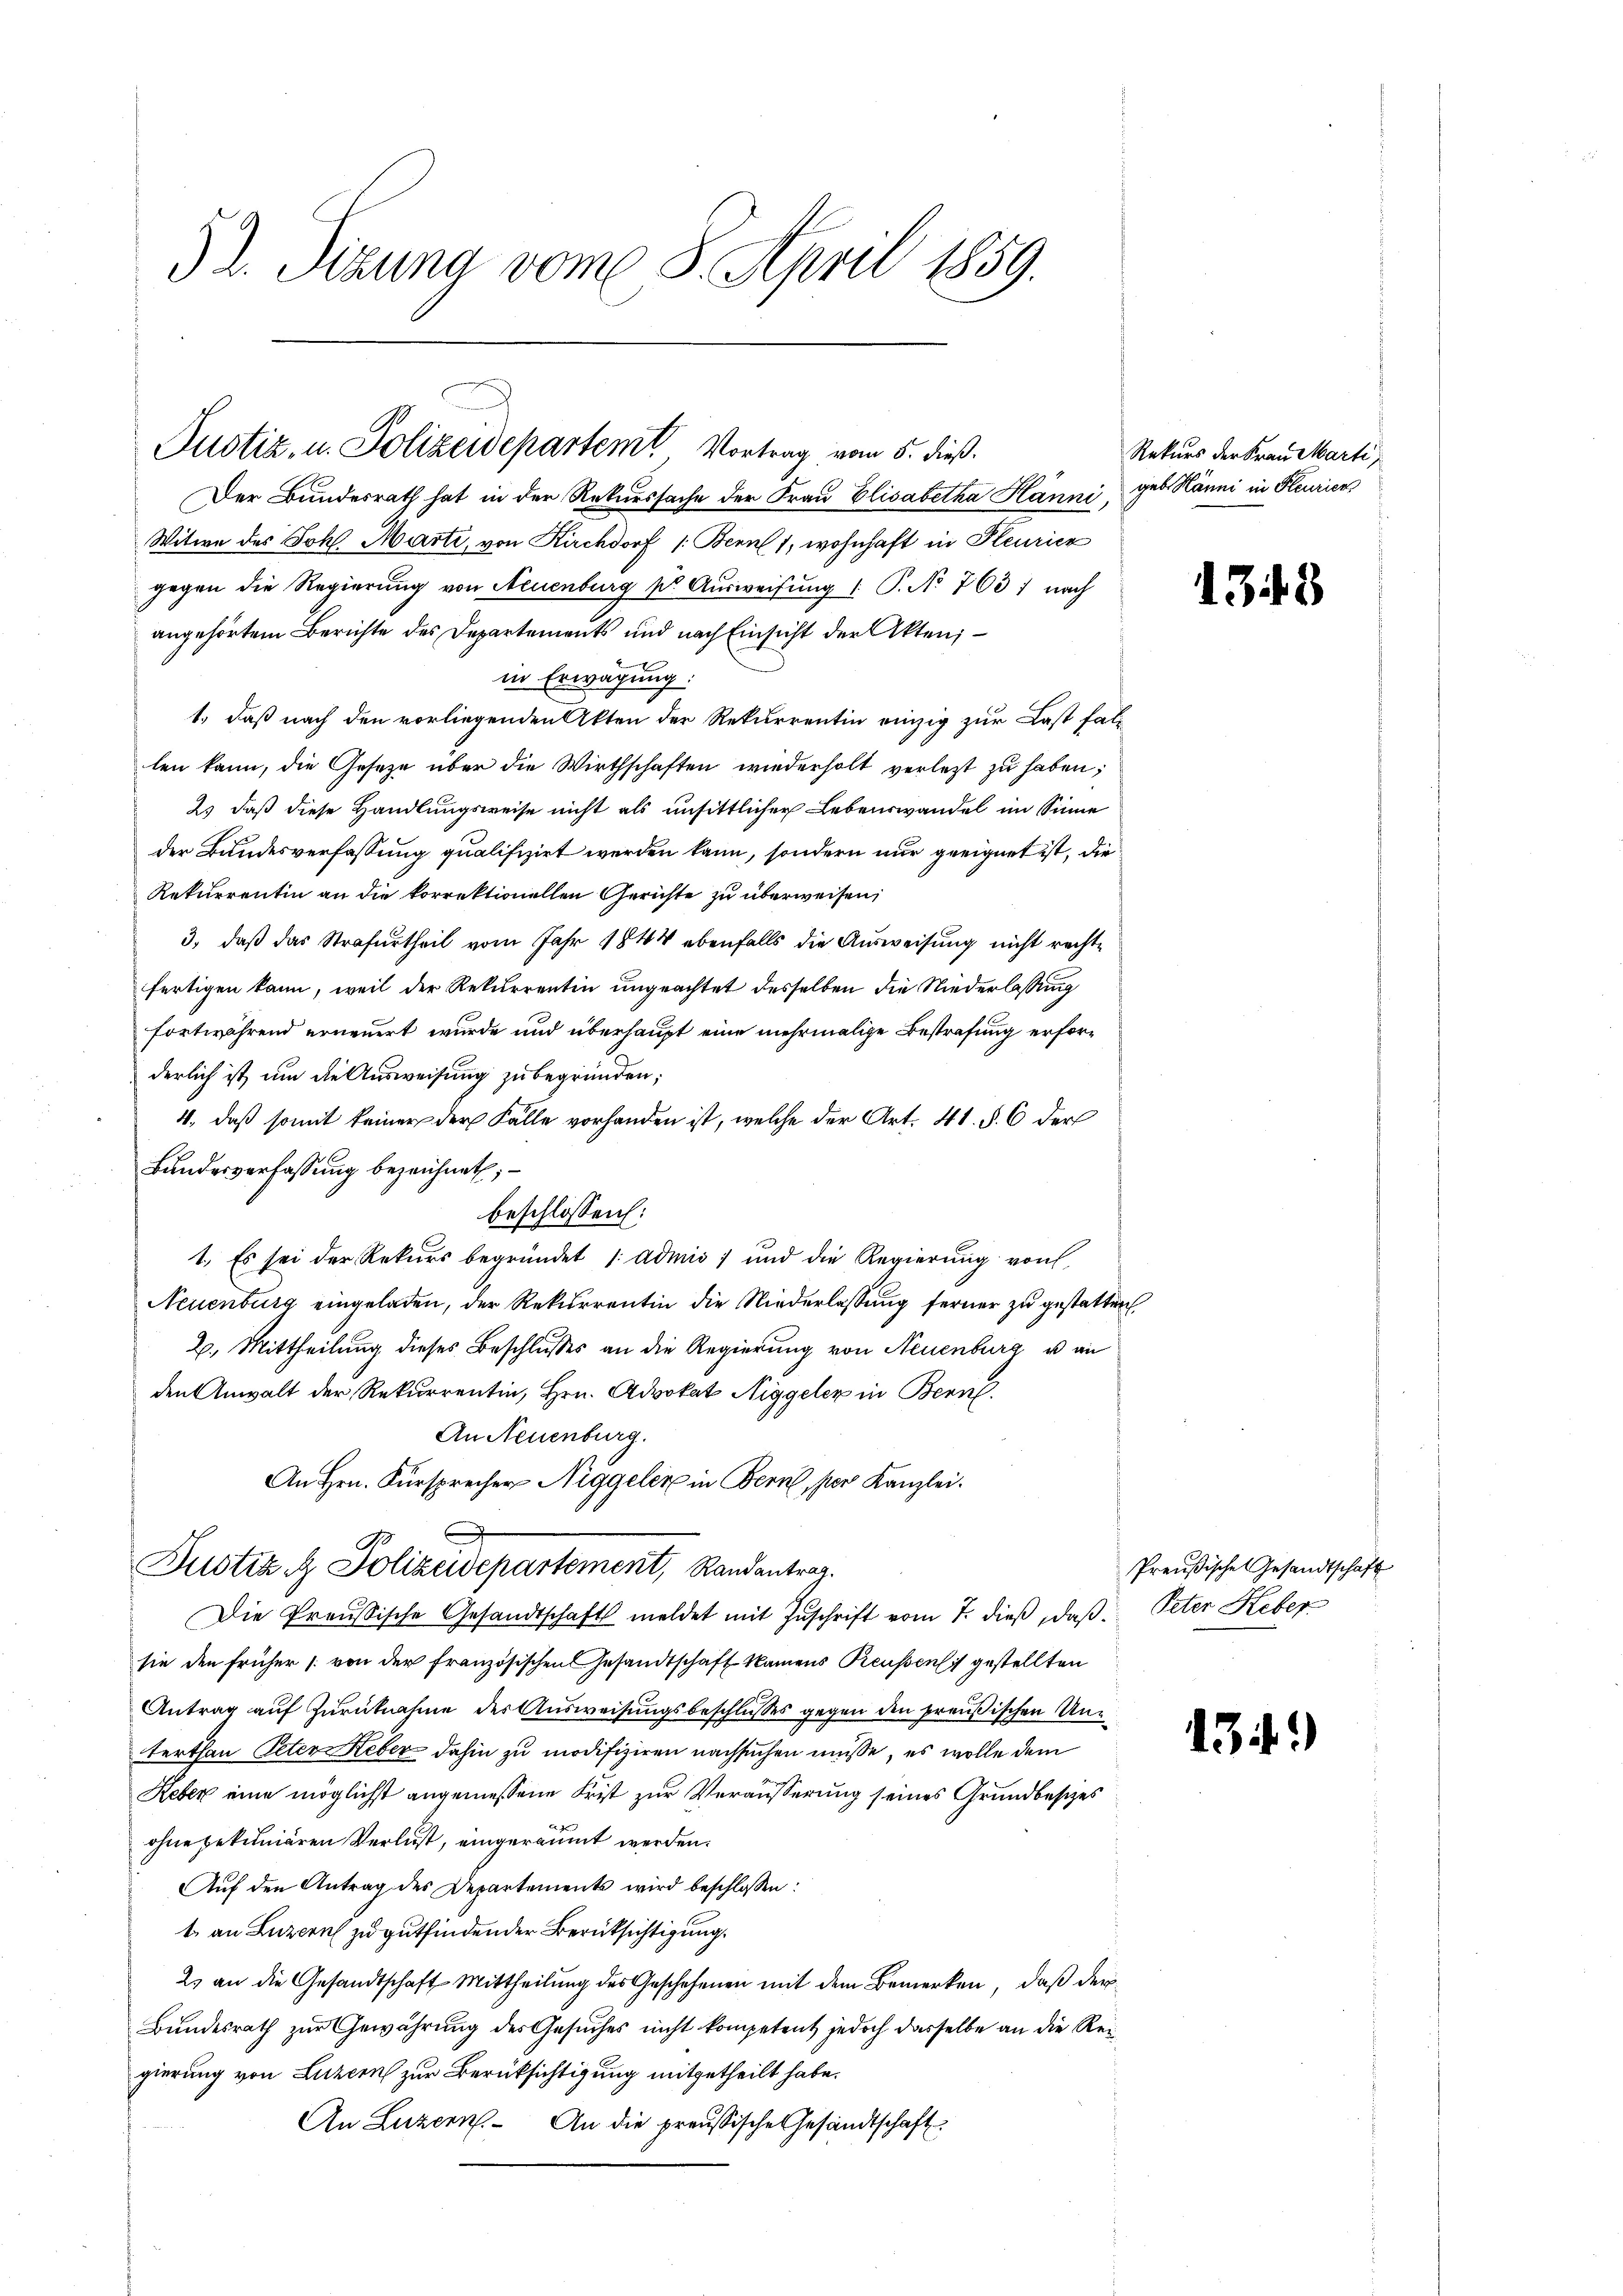
52. Sizung vom 8. April 1859.

Der Bundesrath hat in der Rekurssache der Frau Elisabetha Hänni, geb. Hänni in Feurien
Witwe des Joh. Marti, von Kirchdorf /: Bern 1, wohnhaft in Pleurier
gegen die Regierung von Neuenburg sr Aŭsweisung (: P. No. 703 nach
angehörtem Berichte des Departements und nach Einsicht der Akten;
in Erwägung:
1., daß nach den vorliegenden Akten der Rekurrentin einzig zur Last fal-
len kann, die Geseze über die Wirthschaften wiederholt verletzt zu haben;
2) daß diese Handlungsweise nicht als unsittlicher Lebenswandel im Sinne
der Bundesverfassung qualifizirt werden kann, sondern nur geeignet ist, die
Rekurrentin an die korrektionellen Gerichte zu überweisen,
3., daß das Strafurtheil vom Jahr 1844 ebenfalls die Ausweisung nicht rechte
fertigen kann, weil der Rekurrentin ungeachtet desselben die Niederlassung
fortwährend erneuert wurde und überhaupt eine mehrmalige Bestrafung erforderlich ist, um die Ausweisung zu begründen;
4., daß somit keiner der Fälle vorhanden ist, welche der Art. 41. §. 6 der
Bundesverfassung bezeichnet;
beschlossen:
1. Es sei der Rekurs begründet /: admis ; und die Regierung von
Neuenburg eingeladen, der Rekurrentin die Niederlassung ferner zu gestatten.
2. Mittheilung dieses Beschlusses an die Regierung von Neuenburg u an
den Anwalt der Rekurrentin, Hrn. Advokat Niggeler in Bern.
An Neuenburg.
An Hrn. Fürsprecher Niggeler in Bern, per Kanzlei.
Justiz & Polizeidepartement, Randantrag.
Die Proussische Gesandtschaft meldet mit Zuschrift vom 7. dieß, daß Peter Heber
sie den früher von der französischen Gesandtschaft Namens Reussens gestellten
Antrag auf Zurücknahme des Ausweisungsbeschlusses gegen den preußischen Unterthan Peter Reber dahin zu modifiziren nachsuchen müsse, es wolle dem
Heber eine möglichst angemessene Frist zur Veräusserung seines Grundbesizes
ohne bekuniären Verlust, eingeräumt werden.
Aŭf den Antrag des Departements wird beschlossen:
t an Luzern zu gutfindender Berüksichtigung.
2. an die Gesandtschaft Mittheilŭng des Geschehenen mit dem Bemerken, daß der
Bundesrath zur Gewährung des Gesuches nicht kompetent jedoch dasselbe an die Reigierung von Luzern zur Berüksichtigung mitgetheilt habe.
An Luzern. An die preußische Gesandtschaft

Justiz, u. Polizeidepartem Vortrag vom 5. dieß.

Rekurs der Frau Marti

13.

13

Preußische Gesandtschaft

)